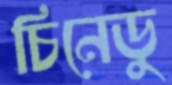
চিনেডু